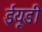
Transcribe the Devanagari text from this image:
ईयूडी